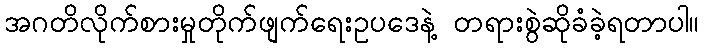
အဂတိလိုက်စားမှုတိုက်ဖျက်ရေးဥပဒေနဲ့ တရားစွဲဆိုခံခဲ့ရတာပါ။